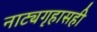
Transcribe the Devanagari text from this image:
नाट्यगृहासही